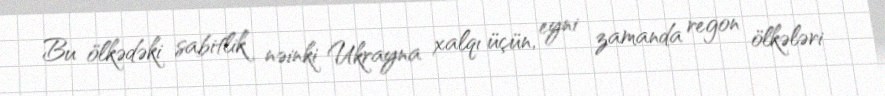
Bu ölkədəki sabitlik nəinki Ukrayna xalqı üçün, eyni zamanda regon ölkələri